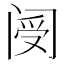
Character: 阌